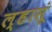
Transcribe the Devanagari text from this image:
ल्हासूं